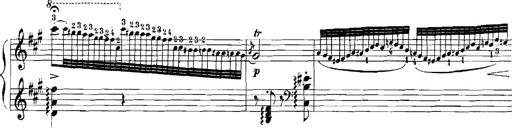
Title: Rhapsodies hongroises
Composer: Franz Liszt